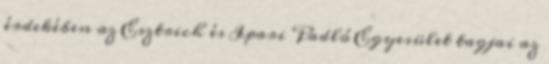
érdekében az Esztrich és Ipari Padló Egyesület tagjai az